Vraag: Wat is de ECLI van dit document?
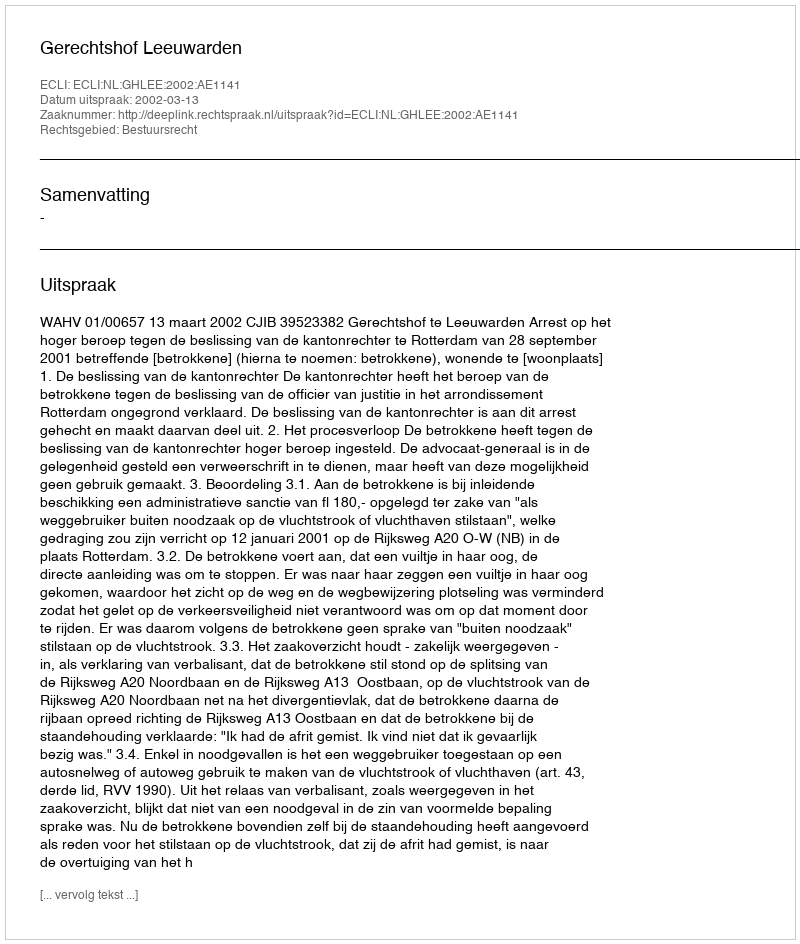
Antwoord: ECLI:NL:GHLEE:2002:AE1141